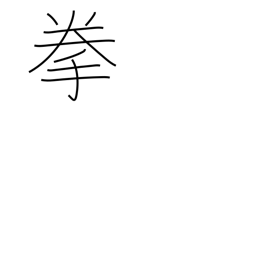
Meaning: fist